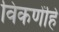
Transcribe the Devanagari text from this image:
विकणेंहि